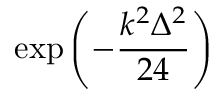
\exp \left( { - \frac { k ^ { 2 } \Delta ^ { 2 } } { 2 4 } } \right)